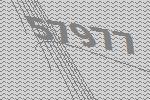
57977